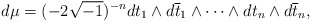
\begin{align*}d\mu=(-2\sqrt{-1})^{-n}dt_1 \wedge d\overline{t}_1 \wedge \cdots \wedge dt_n \wedge d\overline{t}_n,\end{align*}